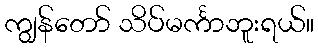
ကျွန်တော် သိပ်မင်္ကာဘူးရယ်။